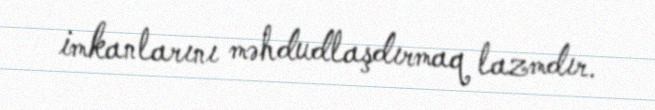
imkanlarını məhdudlaşdırmaq lazmdır.